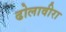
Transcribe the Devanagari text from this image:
ढोलावीरा